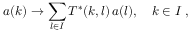
a ( k ) \to \sum _ { l \in { \cal I } } T ^ { * } ( k , l ) \, a ( l ) , \quad k \in { \cal I } \; ,